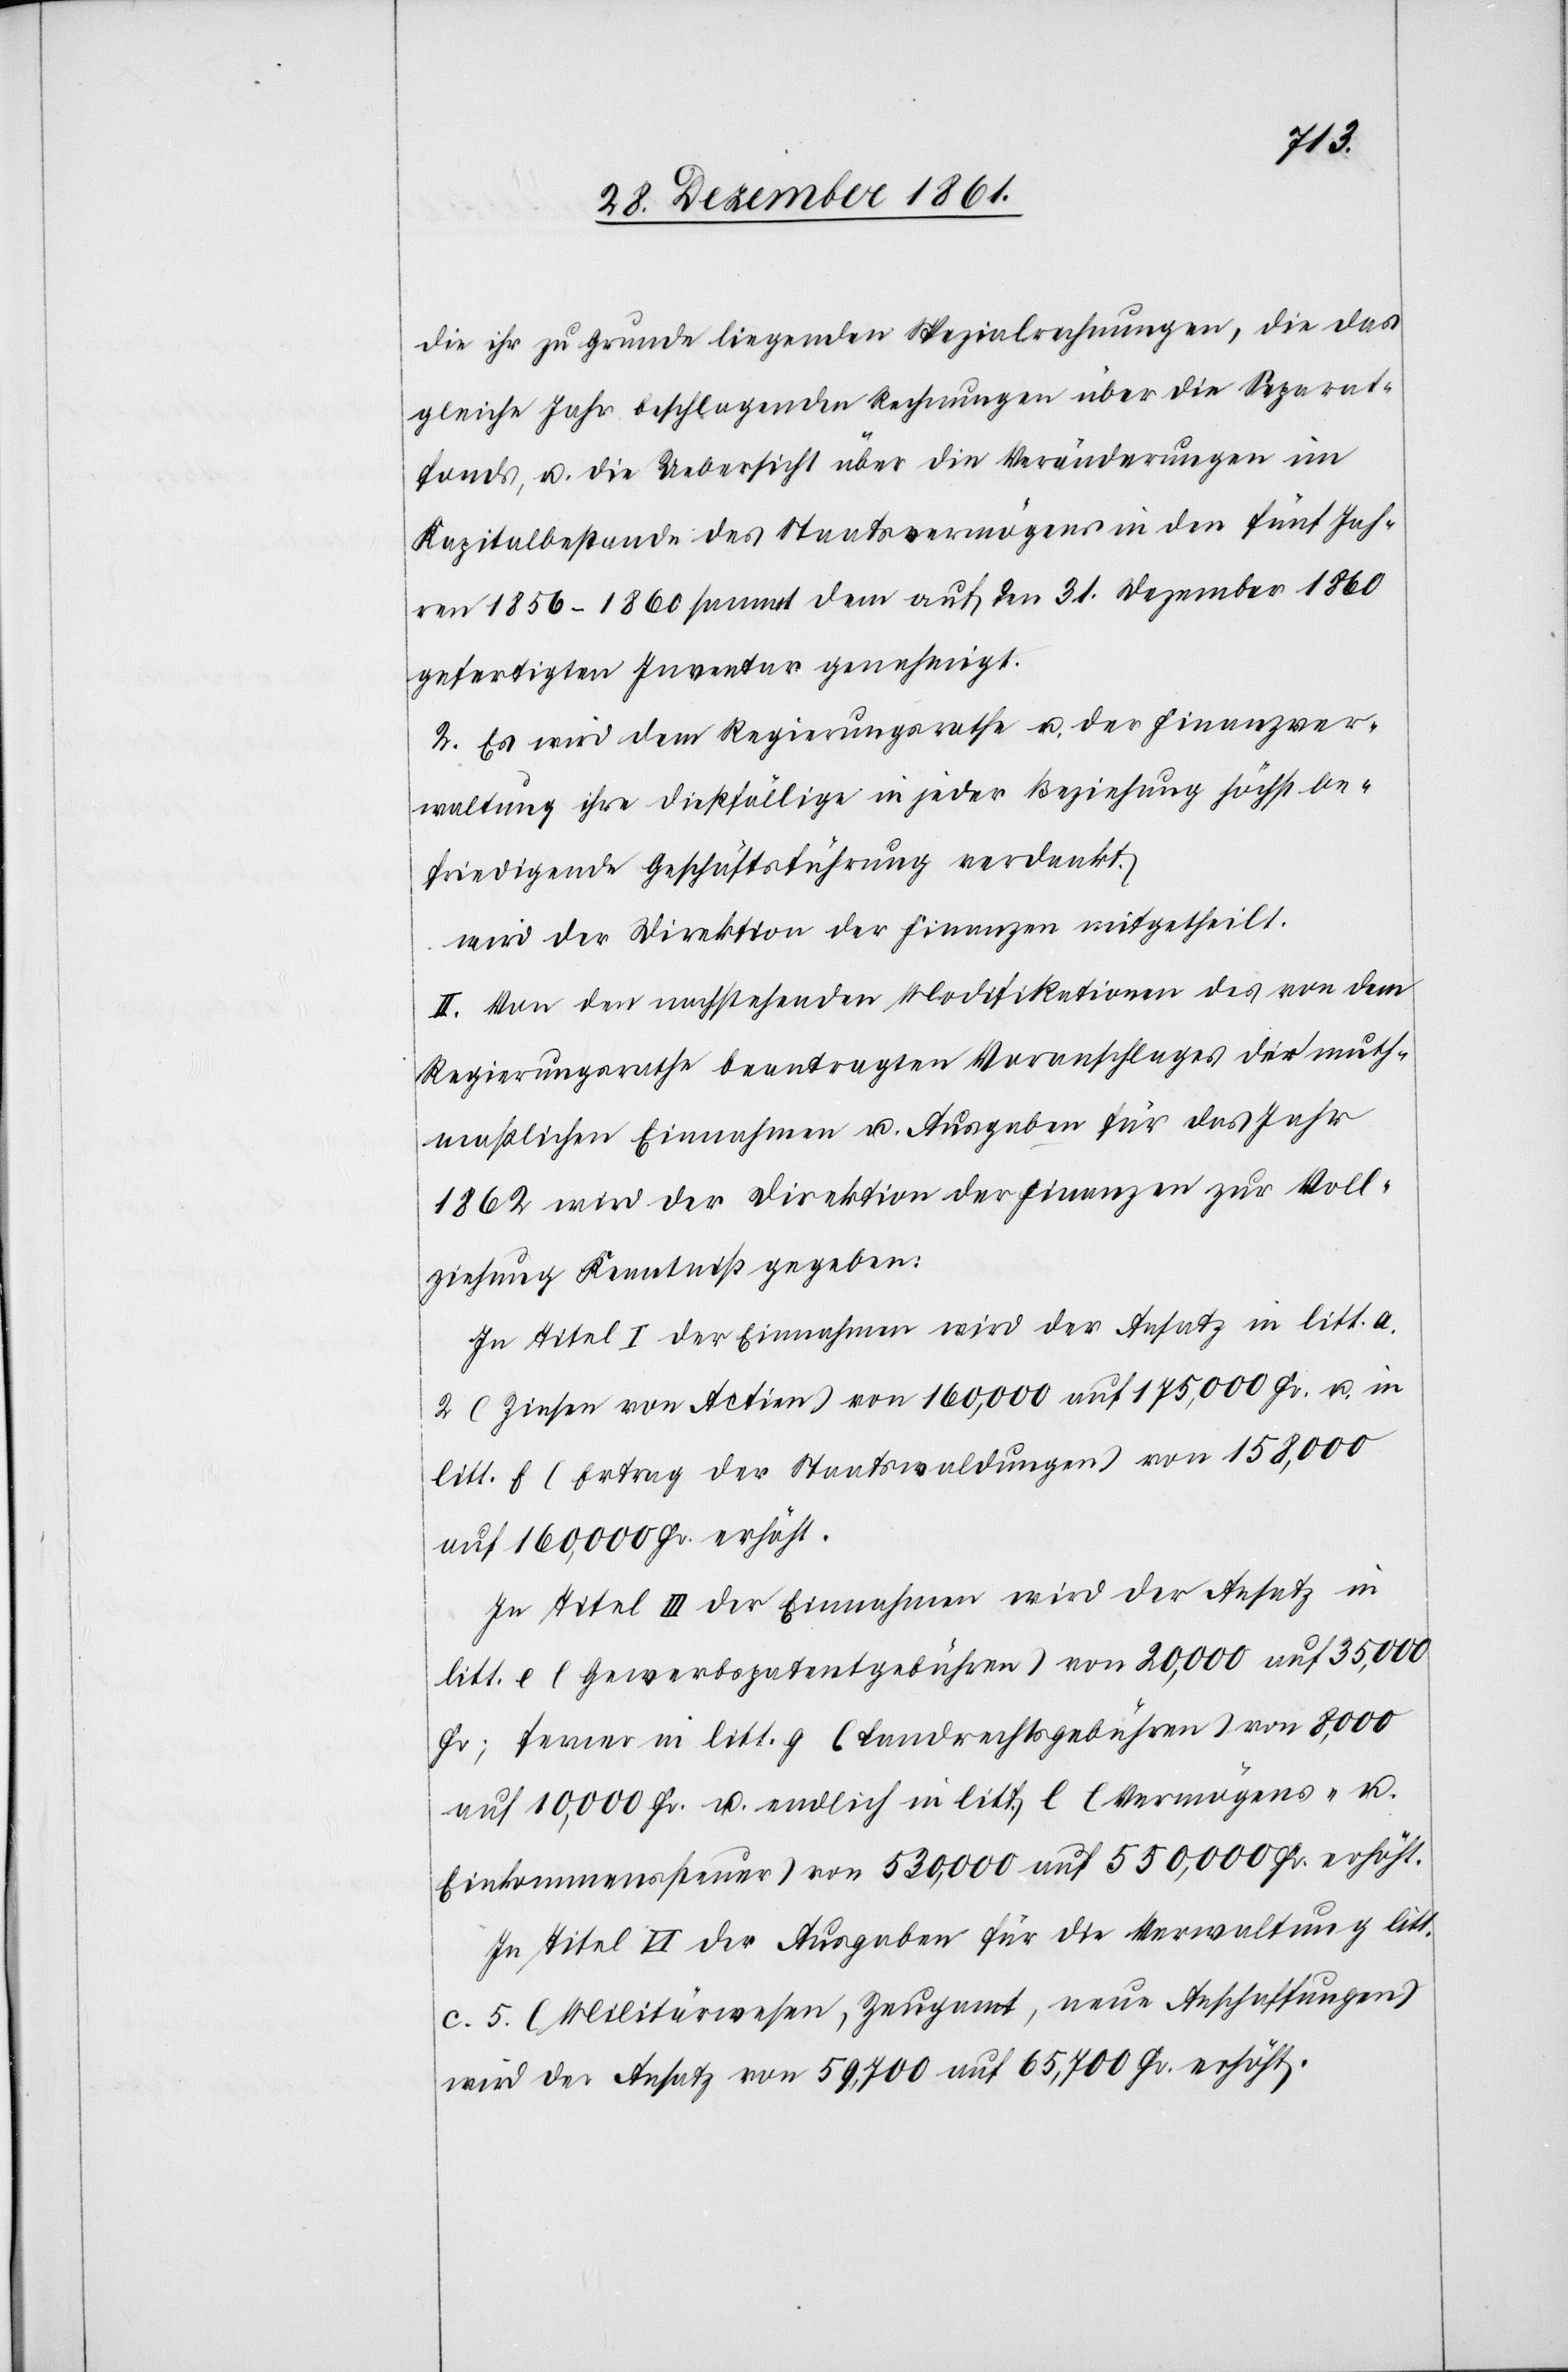
die ihr zu Grunde liegenden Spezialrechnungen, die das
gleiche Jahr beschlagenden Rechnungen über die Separat¬
fonds, u. die Uebersicht über die Veränderungen im
Kapitalbestande des Staatsvermögens in den fünf Jah¬
ren 1856–1860 sammt den auf den 31 Dezember 1860
gefertigten Inventar genehmigt.
2. Es wird dem Regierungsrathe u. der Finanzver¬
waltung ihre dießfällige in jeder Beziehung höchst be¬
friedigende Geschäftsführung verdankt.
wird der Direktion der Finanzen mitgetheilt:
II. Von der nachstehenden Modifikation des von dem
Regierungsrathe beantragten Voranschlages der muth¬
maßlichen Einnahmen u. Ausgaben für das Jahr
1862 wird der Direktion der Finanzen zur Voll¬
ziehung Kenntniß gegeben:
In Titel I der Einnahmen wird der Ansatz in litt. a
2 (Zinsen von Actien) von 160,000 auf 175,000 Fr. u. in
litt. f (Ertrag der Staatswaldungen) von 158,000
auf 160,000 erhöht.
In Titel III der Einnahmen wird der Ansatz in
litt. e (Gewerbspatentgebühren) von 20,000 auf 35,000
Fr., ferner litt. g (Landrechtsgebühren) von 8,000
auf 10,000 Fr. u. endlich in litt. l (Vermögens- u.
Einkommenssteuer) von 530,000 auf 550,000 Fr. erhöht.
In Titel VI der Ausgaben für die Verwaltung litt.
c. 5 (Militärwesen, Zeugamt, neue Anschaffungen)
wird der Ansatz von 59,700 auf 65,700 Fr. erhöht.